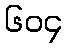
၆၀၄